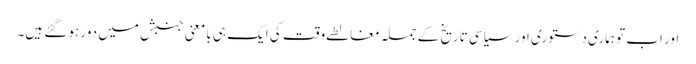
اور اب تو ہماری دستوری اور سیاسی تاریخ کے جملہ مغالطے وقت کی ایک ہی بامعنی جنبش میں دور ہو گئے ہیں۔